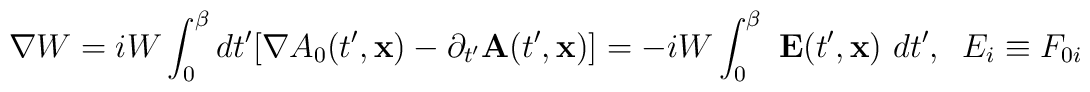
{\bf \nabla} W = iW \int^\beta_0 dt^{\prime} [\nabla A_0 (t^{\prime}, {\bf x}) -\partial_{t^{\prime}} {\bf A} (t^{\prime}, {\bf x})] =-iW\int^\beta_0~{\bf E}(t^{\prime},{\bf x})~dt^{\prime}, \;\; E_i \equiv F_{0i}